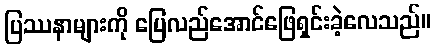
ပြဿနာများကို ပြေလည်အောင်ဖြေရှင်းခဲ့လေသည်။